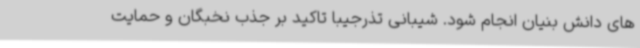
های دانش بنیان انجام شود. شیبانی تذرجیبا تاکید بر جذب نخبگان و حمایت